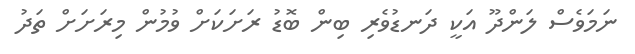
ނަމަވެސް ލަންދޫ އަކީ ދަނޑުވެރި ބިން ބޮޑު ރަށަކަށް ވުމުން މިރަށަށް ތަދު